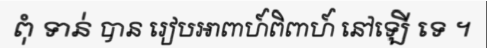
ពុំ ទាន់ បាន រៀបអាពាហ៍ពិពាហ៍ នៅឡើ ទេ ។